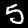
Label: 5